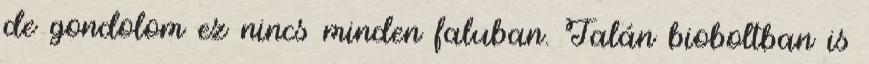
de gondolom ez nincs minden faluban. Talán bioboltban is